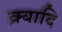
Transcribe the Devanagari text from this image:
क्र्यादि